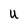
Character: U